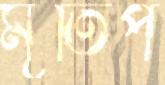
মূর্তিপ